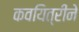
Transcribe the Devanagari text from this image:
कवयित्रीने